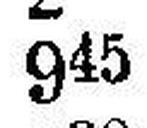
945